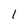
Character: 1